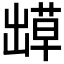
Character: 𫥬